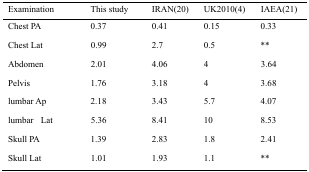
<table><thead><tr><td><b>Examination</b></td><td><b>This study</b></td><td><b>IRAN(20)</b></td><td><b>UK2010(4)</b></td><td><b>IAEA(21)</b></td></tr></thead><tbody><tr><td>Chest PA</td><td>0.37</td><td>0.41</td><td>0.15</td><td>0.33</td></tr><tr><td>Chest Lat</td><td>0.99</td><td>2.7</td><td>0.5</td><td>**</td></tr><tr><td>Abdomen</td><td>2.01</td><td>4.06</td><td>4</td><td>3.64</td></tr><tr><td>Pelvis</td><td>1.76</td><td>3.18</td><td>4</td><td>3.68</td></tr><tr><td>lumbar Ap</td><td>2.18</td><td>3.43</td><td>5.7</td><td>4.07</td></tr><tr><td>lumbar Lat</td><td>5.36</td><td>8.41</td><td>10</td><td>8.53</td></tr><tr><td>Skull PA</td><td>1.39</td><td>2.83</td><td>1.8</td><td>2.41</td></tr><tr><td>Skull Lat</td><td>1.01</td><td>1.93</td><td>1.1</td><td>**</td></tr></tbody></table>